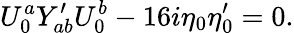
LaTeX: U_{0}^{a}Y_{ab}^{\prime}U_{0}^{b}-16i\eta_{0}\eta_{0}^{\prime}=0.